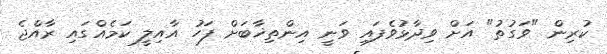
ކުރިން "ވަގުތު" އަށް ވިދާޅުވެފައި ވަނީ އިންތިޚާބަށް ފަހު އާއިލީ ކަމެއްގައި ރާއްޖެ